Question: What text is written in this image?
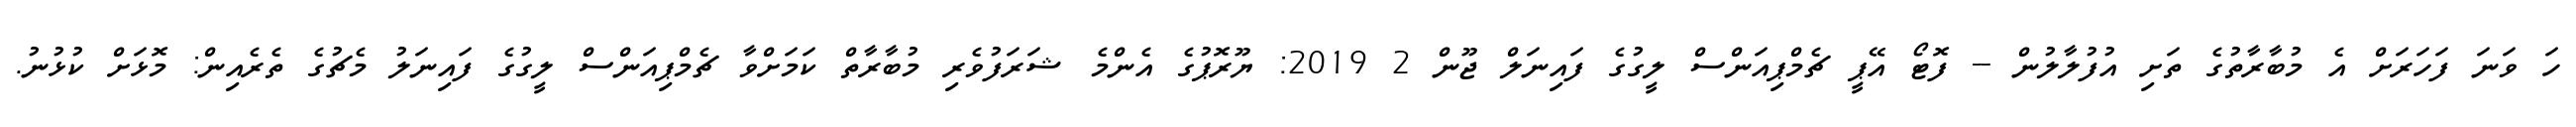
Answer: ހަ ވަނަ ފަހަރަށް އެ މުބާރާތުގެ ތަށި އުފުލާލުން -- ފޮޓޯ އޭޕީ ޗެމްޕިއަންސް ލީގުގެ ފައިނަލް ޖޫން 2 2019: ޔޫރޮޕުގެ އެންމެ ޝަރަފުވެރި މުބާރާތް ކަމަށްވާ ޗެމްޕިއަންސް ލީގުގެ ފައިނަލު މެޗުގެ ތެރެއިން: މޮޅަށް ކުޅުނު.